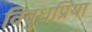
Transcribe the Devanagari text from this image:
विबुधप्रिया